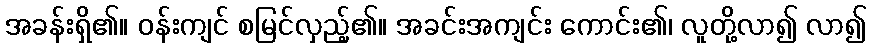
အခန်းရှိ၏။ ဝန်းကျင် စမြင်လှည့်၏။ အခင်းအကျင်း ကောင်း၏၊ လူတို့လာ၍ လာ၍